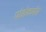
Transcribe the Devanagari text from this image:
पोडोकार्पस